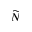
\widetilde N